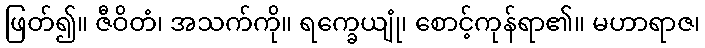
ဖြတ်၍။ ဇီဝိတံ၊ အသက်ကို။ ရက္ခေယျုံ၊ စောင့်ကုန်ရာ၏။ မဟာရာဇ၊